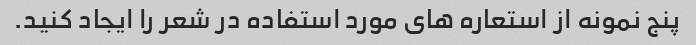
پنج نمونه از استعاره های مورد استفاده در شعر را ایجاد کنید.